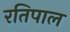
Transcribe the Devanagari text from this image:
रतिपाल